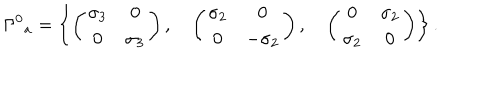
{ \Gamma ^ { 0 } } _ { a } = \left\{ \left( \begin{matrix} { { \sigma _ { 3 } } } & { { 0 } } \\ { { 0 } } & { { \sigma _ { 3 } } } \\ \end{matrix} \right) , \quad \left( \begin{matrix} { { \sigma _ { 2 } } } & { { 0 } } \\ { { 0 } } & { { - \sigma _ { 2 } } } \\ \end{matrix} \right) , \quad \left( \begin{matrix} { { 0 } } & { { \sigma _ { 2 } } } \\ { { \sigma _ { 2 } } } & { { 0 } } \\ \end{matrix} \right) \right\} .